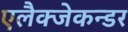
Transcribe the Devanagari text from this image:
एलैक्जेकन्डर